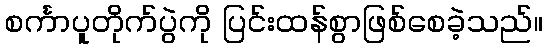
စင်္ကာပူတိုက်ပွဲကို ပြင်းထန်စွာဖြစ်စေခဲ့သည်။